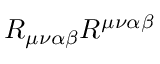
R _ { \mu \nu \alpha \beta } R ^ { \mu \nu \alpha \beta }